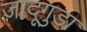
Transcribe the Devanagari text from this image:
जादूगुड़ा